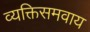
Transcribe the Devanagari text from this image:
व्यक्तिसमवाय